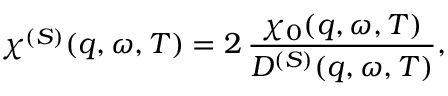
\chi ^ { ( S ) } ( q , \omega , T ) = 2 \, { \frac { \chi _ { 0 } ( q , \omega , T ) } { D ^ { ( S ) } ( q , \omega , T ) } } ,